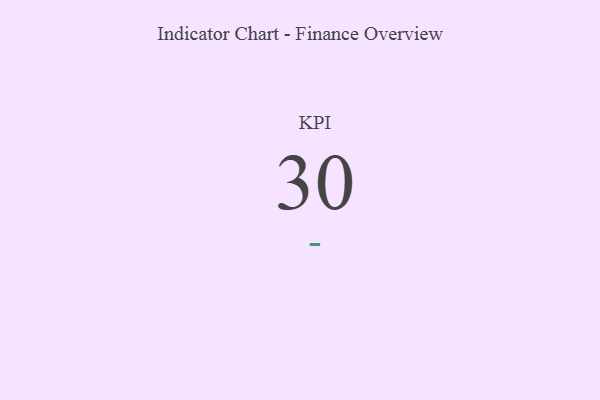
{"axis": {"x": "KPI", "y": "Value"}, "legend": [""], "data": [{"x": "KPI", "y": 30, "type": ""}]}